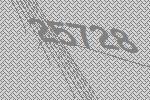
25728